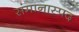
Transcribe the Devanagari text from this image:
संमानास्पद